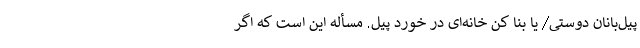
پیل‌بانان دوستی/ یا بنا کن خانه‌ای در خورد پیل. مسأله این است که اگر